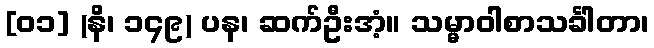
[၀၁] (နိ၊ ၁၄၉) ပန၊ ဆက်ဦးအံ့။ သမ္မာဝါစာသင်္ခါတာ၊